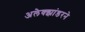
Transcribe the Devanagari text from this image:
अलेक्झांडरने